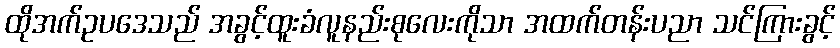
ထိုအက်ဥပဒေသည် အခွင့်ထူးခံလူနည်းစုလေးကိုသာ အထက်တန်းပညာ သင်ကြားခွင့်